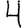
Digit: 4